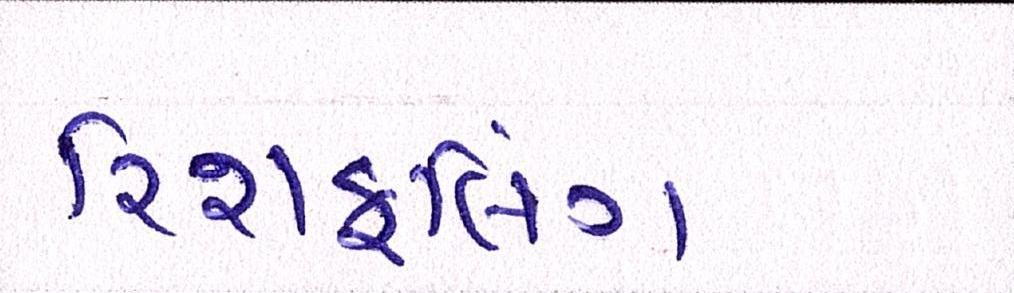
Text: રિશફલિંગ